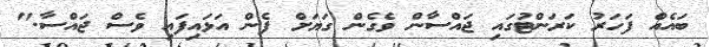
ބައެއް ފަހަރު ކަރަންޓުގައި ޖައްސާން ވެގެން ގަޔަށް ފެން އަޅައިފައި ވެސް ޖައްސާ."